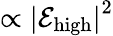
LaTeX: \propto\left|\mathcal{E}_{\mathrm{{high}}}\right|^{2}